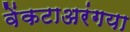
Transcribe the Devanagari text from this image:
वेंकटाअरंगया